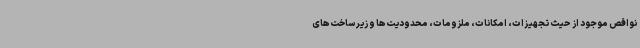
نواقص موجود از حیث تجهیزات، امکانات، ملزومات، محدودیت‌ها و زیرساخت‌های